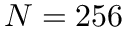
N = 2 5 6